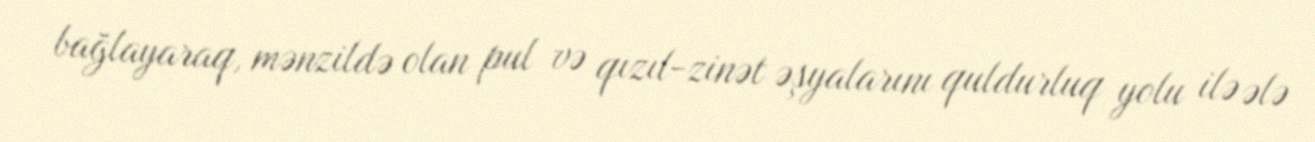
bağlayaraq, mənzildə olan pul və qızıl-zinət əşyalarını quldurluq yolu ilə ələ